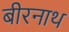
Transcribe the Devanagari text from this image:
बीरनाथ